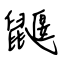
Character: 鼴